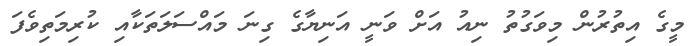
މީގެ އިތުރުން މިވަގުތު ނިއު އަށް ވަނީ އަނިޔާގެ ގިނަ މައްސަލަތަކާއި ކުރިމަތިވެފަ